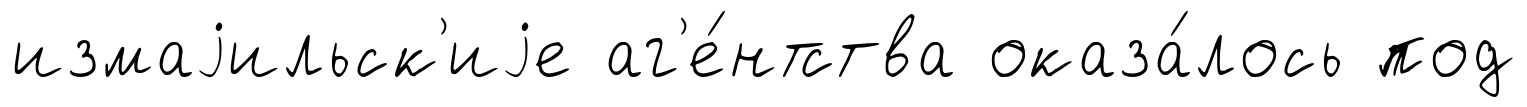
измаjильск'иjе аг'е́нтства оказа́лось под